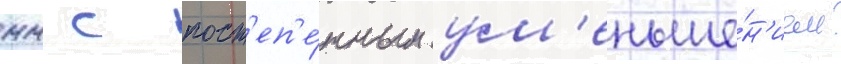
мм с пост'еп'е́нным ум'еньше́н'ием